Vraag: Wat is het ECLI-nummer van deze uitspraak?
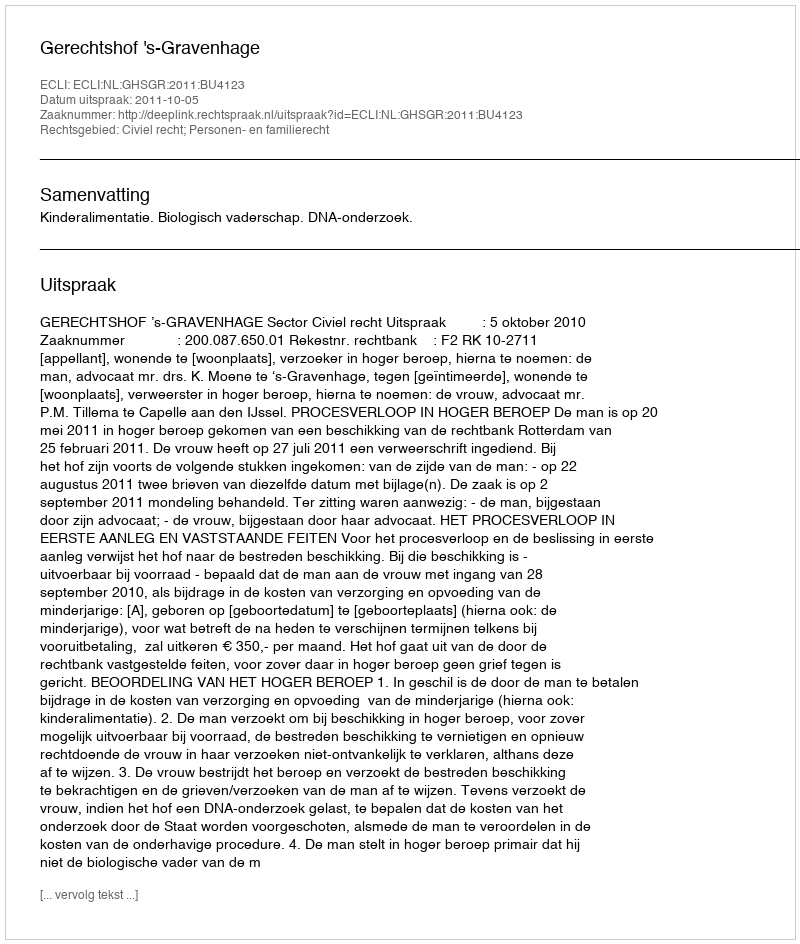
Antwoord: ECLI:NL:GHSGR:2011:BU4123